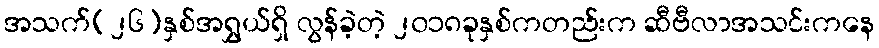
အသက်(၂၆)နှစ်အရွှယ်ရှိ လွန်ခဲ့တဲ့ ၂၀၁၈ခုနှစ်ကတည်းက ဆီဗီလာအသင်းကနေ